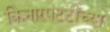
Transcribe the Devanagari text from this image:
किनारपटटीच्या